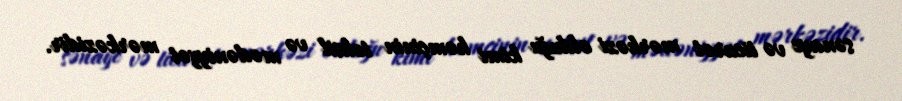
sənaye və ticarət mərkəzi olduğu kimi həmçinin təhsil və mədəniyyət mərkəzidir.